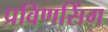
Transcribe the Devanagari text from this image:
प्रविणसिंग